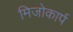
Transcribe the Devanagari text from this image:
मिजोकार्प